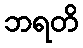
ဘရတိ